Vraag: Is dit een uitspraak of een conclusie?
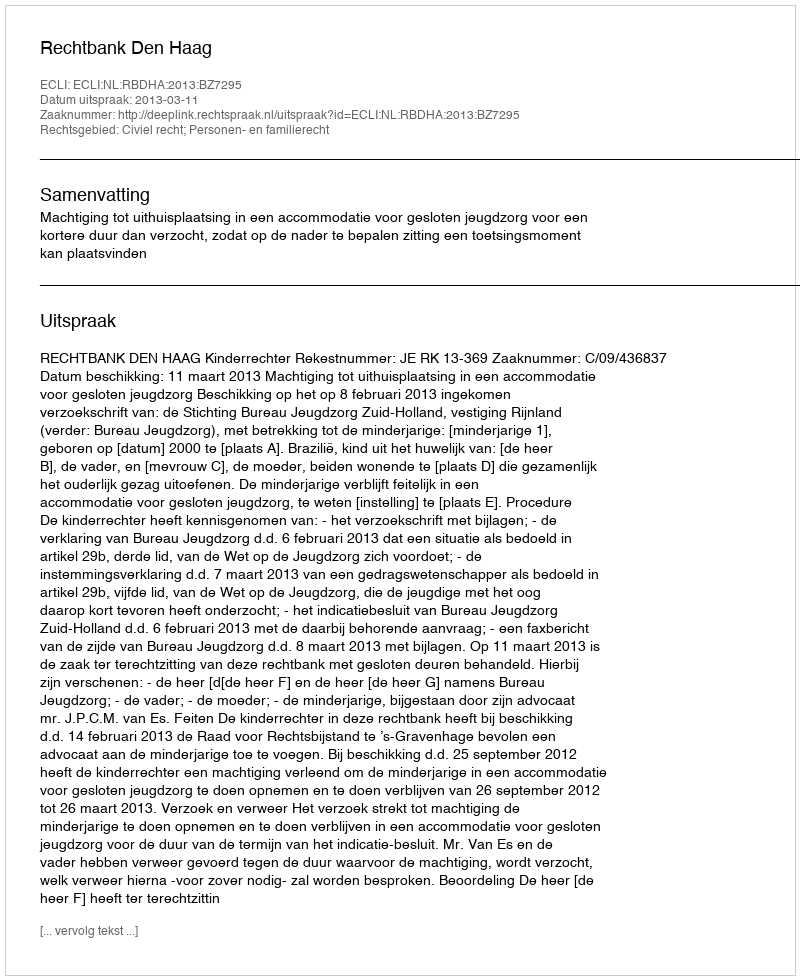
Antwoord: Uitspraak